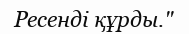
Ресенді құрды."